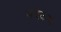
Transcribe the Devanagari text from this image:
बदकच